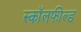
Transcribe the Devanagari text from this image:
स्कॉलफील्ड